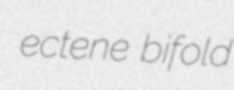
ectene bifold